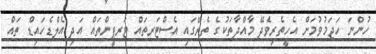
ހުންނަ ހަޖަމުވުމަށް އެހީތެރިވެދޭ މާއްދާތަކުގެ ތެރޭގައި އެސްޓަރތައް ޓަރޕީންތައް އަދި އެލްޑެހައިޑް ތައް